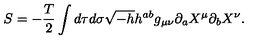
S = - \frac { T } { 2 } \int d \tau d \sigma \sqrt { - h } h ^ { a b } g _ { \mu \nu } \partial _ { a } X ^ { \mu } \partial _ { b } X ^ { \nu } .